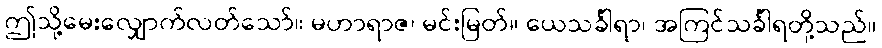
ဤသို့မေးလျှောက်လတ်သော်။ မဟာရာဇ၊ မင်းမြတ်။ ယေသင်္ခါရာ၊ အကြင်သင်္ခါရတို့သည်။